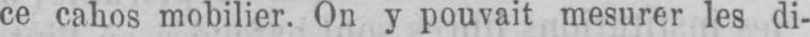
ce cahos mobilier. On y pouvait mesurer les di-